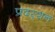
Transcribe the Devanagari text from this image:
प्रदस्र्शन